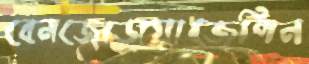
বেনজোডায়াজেপিন